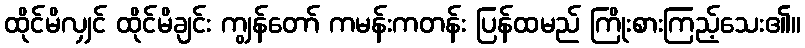
ထိုင်မိလျှင် ထိုင်မိချင်း ကျွန်တော် ကမန်းကတန်း ပြန်ထမည် ကြိုးစားကြည့်သေး၏။